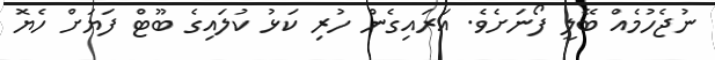
ނުޖެހުމެއް ބޭލީ ފޯނަށެވެ. އަރައިގެން ހުރި ކަޅު ކުލައިގެ ބޫޓް ފަޔަށް ހެޔޮ